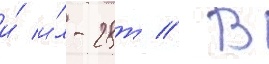
и́ и́л-28т // В